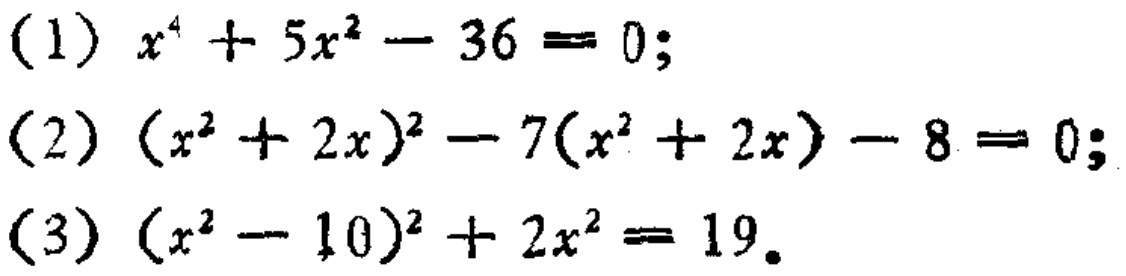
(1) \(x^{4}+5x^{2}-36 = 0\);
(2) \((x^{2}+2x)^{2}-7(x^{2}+2x)-8 = 0\);
(3) \((x^{2}-10)^{2}+2x^{2}=19\).